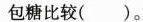
包糖比较( )。